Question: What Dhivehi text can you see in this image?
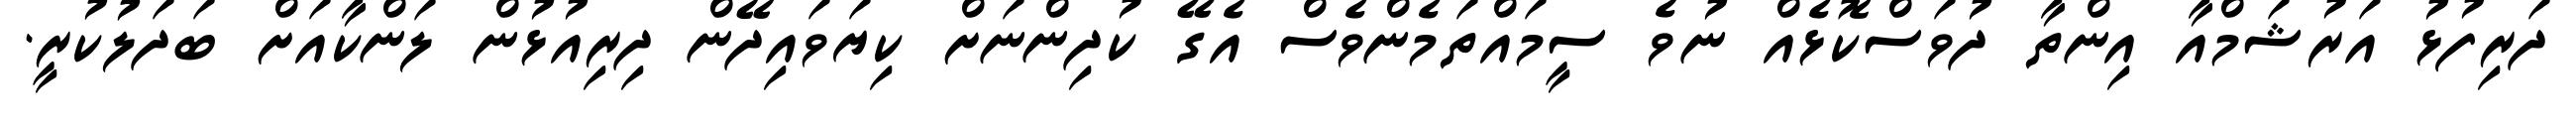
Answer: ދަރިފުޅު އަރުޝަމްއާ އިންތާ ދުވަސްކޮޅެއް ނުވެ ސީމައްތަމެންވެސް އެގޭ ކުދިންނަށް ކިޔަވައިދޭން ދިރިއުޅުން ލަންކާއަށް ބަދަލުކުރީ.